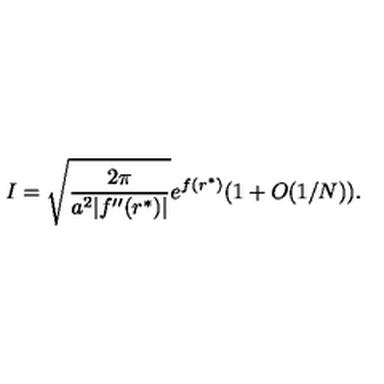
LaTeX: I = \sqrt { \frac { 2 \pi } { a ^ { 2 } | f ^ { \prime \prime } ( r ^ { * } ) | } } e ^ { f ( r ^ { * } ) } ( 1 + O ( 1 / N ) ) .